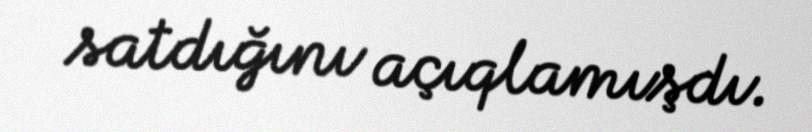
satdığını açıqlamışdı.